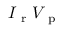
I _ { \mathrm { ~ r ~ } } V _ { \mathrm { ~ p ~ } }